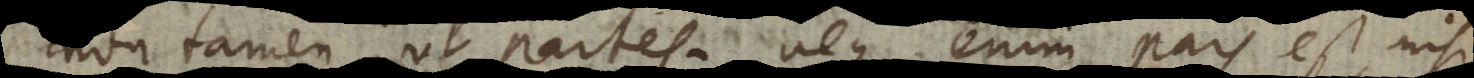
non tamen ut partes; neque enim pars est, nisi